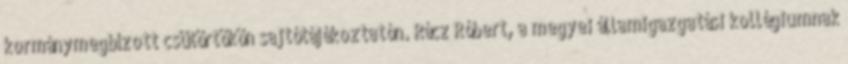
kormánymegbízott csütörtökön sajtótájékoztatón. Rácz Róbert, a megyei államigazgatási kollégiumnak